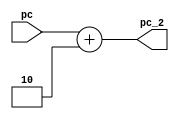
`timescale 1ns / 1ps

module pc_add2(pc, pc_2);
input [15:0] pc;
output [15:0] pc_2;

assign pc_2 = pc + 16'd2;

endmodule